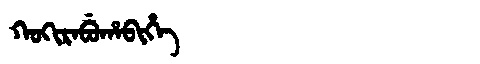
Manchu: ᡴᠣᡴᡳᡵᠠᠪᡠᡥᠠᠪᡳᡥᡝ
Romanization: KOKIRABUHABIHE